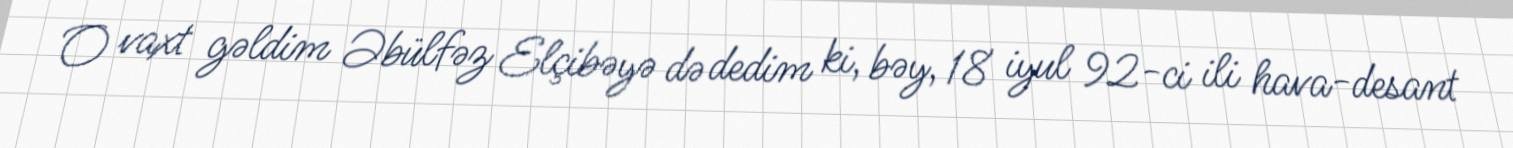
O vaxt gəldim Əbülfəz Elçibəyə də dedim ki, bəy, 18 iyul 92-ci ili hava-desant